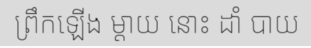
ព្រឹកឡើង ម្តាយ នោះ ដាំ បាយ